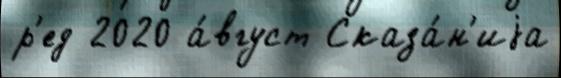
р'ед 2020 а́вгуст Сказа́н'иjа